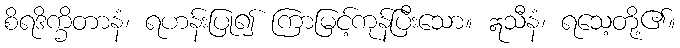
စိရဒိက္ခိတာနံ၊ ရဟန်းပြု၍ ကြာမြင့်ကုန်ပြီးသော။ ဣသီနံ၊ ရသေ့တို့၏။